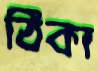
ঠিকা